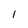
Character: 1